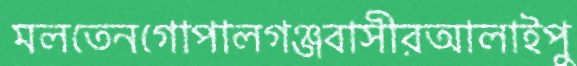
মলতেনগোপালগঞ্জবাসীরআলাইপু